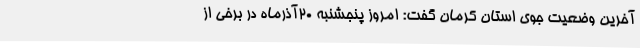
آخرین وضعیت جوی استان کرمان گفت: امروز پنجشنبه 20آذرماه در برخی از